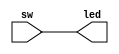
module sw_led_test(
    input [15:0] sw,
    output [15:0] led
    );
assign led = sw;    
endmodule